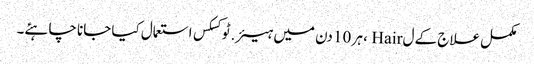
مکمل علاج کے ل Hair ، ہر 10 دن میں ہیئر.ٹوکسکس استعمال کیا جانا چاہئے۔